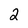
Character: 2